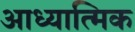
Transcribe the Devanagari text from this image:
आध्‍यात्मिक